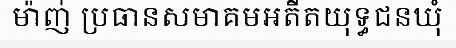
ម៉ាញ់ ប្រធានសមាគមអតីតយុទ្ធជនឃុំ